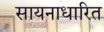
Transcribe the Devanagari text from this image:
सायनाधारित